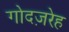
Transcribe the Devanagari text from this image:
गोदज़रेह